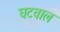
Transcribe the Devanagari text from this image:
घटवाल